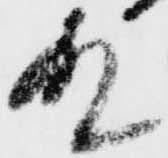
殿